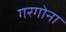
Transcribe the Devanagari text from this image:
गरगोना